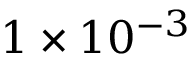
1 \times 1 0 ^ { - 3 }